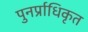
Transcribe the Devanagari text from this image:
पुनर्प्राधिकृत